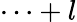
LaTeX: \cdots+l